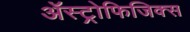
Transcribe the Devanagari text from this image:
ॲस्ट्रोफिजिक्‍स